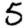
Digit: 5